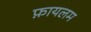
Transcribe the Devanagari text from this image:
फ़ायलम